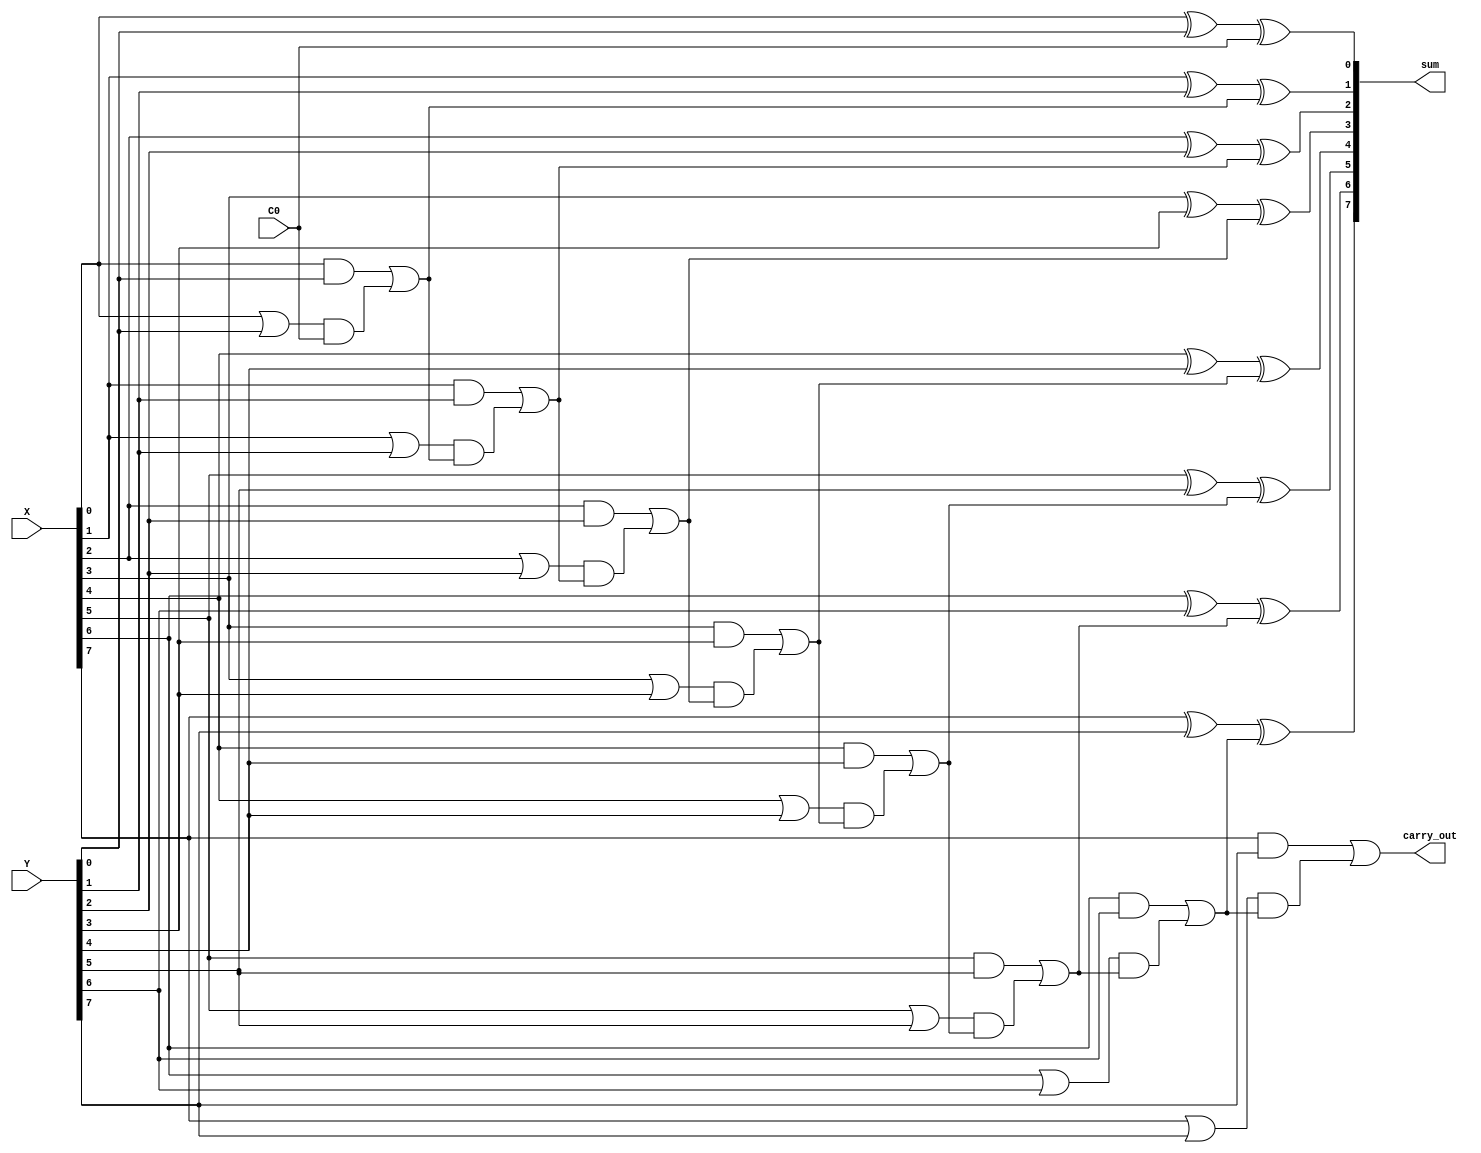
/* Hopelessly Naive Carry Lookahead Adder.
 *
 * ECE 4/530 Fall 2012
 * David Poole 25-Sep-2012
 *
 * Based on secion 5.4 of
 * _Fundamentals of Digital Logic with Verilog Design_, 2e.
 *      Brown, Vranesic
 *
 * @book{brown2009fundamentals,
 *   title={Fundamentals of Digital Logic with VHDL Design},
 *   author={Brown, S.D. and Vranesic, Z.G.},
 *   isbn={9780073529530},
 *   lccn={2008001634},
 *   series={McGraw-Hill Series in Electrical and Computer Engineering},
 *   url={http://books.google.com/books?id=qrMgPwAACAAJ},
 *   year={2009},
 *   publisher={McGraw-Hill}
 * }
 *
 * The math on this is quite interesting!
 *
 */

`timescale 1 ns / 10 ps

module CarryLookaheadAdder
    ( input wire [7:0] X,
      input wire [7:0] Y,
      input wire C0,
      
      output wire [7:0] sum,
      output wire carry_out
    );

    wire C1, C2, C3, C4, C5, C6, C7, C8;

    assign sum[0] = X[0] ^ Y[0] ^ C0;

    assign C1 = (X[0] & Y[0]) | ((X[0] | Y[0]) & C0);
    assign sum[1] = X[1] ^ Y[1] ^ C1;

    assign C2 = (X[1] & Y[1]) | ((X[1] | Y[1]) & C1);
    assign sum[2] = X[2] ^ Y[2] ^ C2;

    assign C3 = (X[2] & Y[2]) | ((X[2] | Y[2]) & C2);
    assign sum[3] = X[3] ^ Y[3] ^ C3;

    assign C4 = (X[3] & Y[3]) | ((X[3] | Y[3]) & C3);
    assign sum[4] = X[4] ^ Y[4] ^ C4;

    assign C5 = (X[4] & Y[4]) | ((X[4] | Y[4]) & C4);
    assign sum[5] = X[5] ^ Y[5] ^ C5;

    assign C6 = (X[5] & Y[5]) | ((X[5] | Y[5]) & C5);
    assign sum[6] = X[6] ^ Y[6] ^ C6;

    assign C7 = (X[6] & Y[6]) | ((X[6] | Y[6]) & C6);
    assign sum[7] = X[7] ^ Y[7] ^ C7;

    assign C8 = (X[7] & Y[7]) | ((X[7] | Y[7]) & C7);
    assign carry_out = C8;

    /* TODO 16-bit? */
    
    initial
    begin
        $display("hello from carry_lookahead");
    end

endmodule